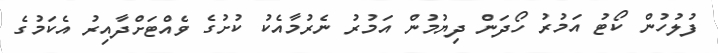
ފުލުހުން ކޯޓު އަމުރު ހޯދަން ދިޔުމުން އަމުރު ނެރުމާއެކު ކުށުގެ ވެއްޓަށްދާއިރު އެކަމުގެ